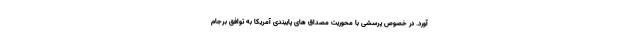
آورد. در خصوص پرسشی با محوریت مصداق های پایبندی آمریکا به توافق برجام